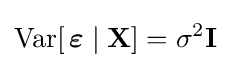
\operatorname {Var} [\,{\boldsymbol {\varepsilon }}\mid \mathbf {X} ]=\sigma ^{2}\mathbf {I}